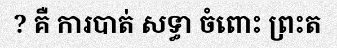
? គឺ ការបាត់ សទ្ធា ចំពោះ ព្រះត